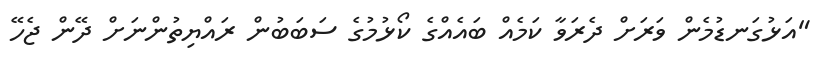
"އަޅުގަނޑުމެން ވަރަށް ދެރަވާ ކަމެއް ބައެއްގެ ކޯޅުމުގެ ސަބަބުން ރައްޔިތުންނަށް ދޭން ޖެހޭ